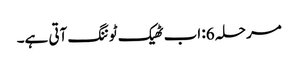
مرحلہ 6: اب ٹھیک ٹوننگ آتی ہے۔